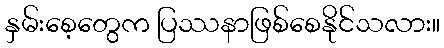
နှမ်းစေ့တွေက ပြဿနာဖြစ်စေနိုင်သလား။